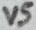
Text: V5